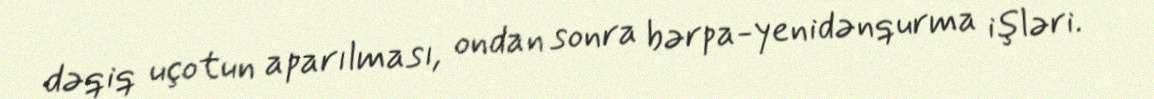
dəqiq uçotun aparılması, ondan sonra bərpa-yenidənqurma işləri.